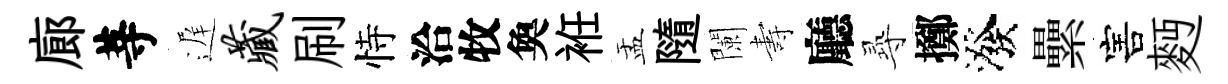
廊䓁遅藏刷恃洽牧奐袵盂隨闌夀廳𡬶擲潑纍害麪